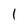
Character: l